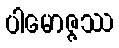
ပါမောဇ္ဇဿ